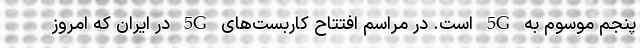
پنجم موسوم به 5G است. در مراسم افتتاح کاربست‌های 5G در ایران که امروز